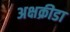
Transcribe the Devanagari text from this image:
अक्षक्रीडा